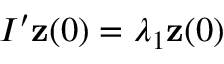
I ^ { \prime } { \bf z } ( 0 ) = \lambda _ { 1 } { \bf z } ( 0 )